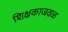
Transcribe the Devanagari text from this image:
शिक्षकाजवळ